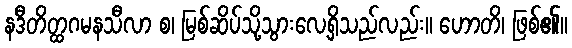
နဒီတိတ္ထဂမနသီလာ စ၊ မြစ်ဆိပ်သို့သွားလေ့ရှိသည်လည်း။ ဟောတိ၊ ဖြစ်၏။